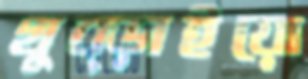
থুব্‌ড়াইয়ো